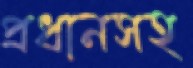
প্রধানসহ